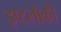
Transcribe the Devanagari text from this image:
इष्टलोकी